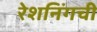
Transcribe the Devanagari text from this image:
रेशनिंगची